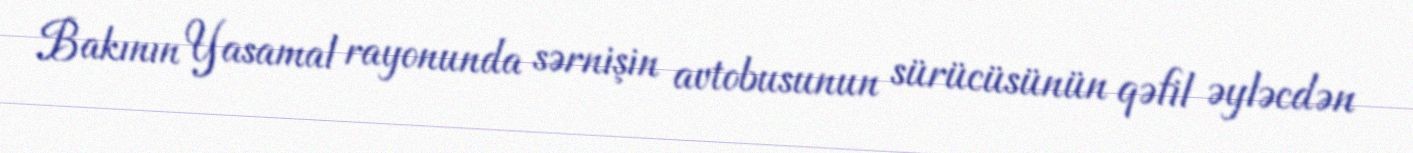
Bakının Yasamal rayonunda sərnişin avtobusunun sürücüsünün qəfil əyləcdən